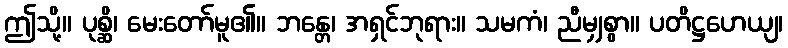
ဤသို့။ ပုစ္ဆိ၊ မေးတော်မူ၏။ ဘန္တေ၊ အရှင်ဘုရား။ သမကံ၊ ညီမျှစွာ။ ပတိဋ္ဌဟေယျ၊